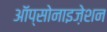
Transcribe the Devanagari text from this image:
ऑप्सोनाइज़ेशन